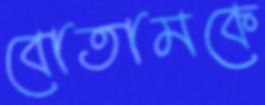
বোতামকে